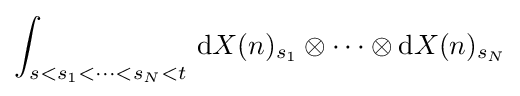
\int _{s<s_{1}<\cdots <s_{N}<t}\,\mathrm {d} X(n)_{s_{1}}\otimes \cdots \otimes \mathrm {d} X(n)_{s_{N}}